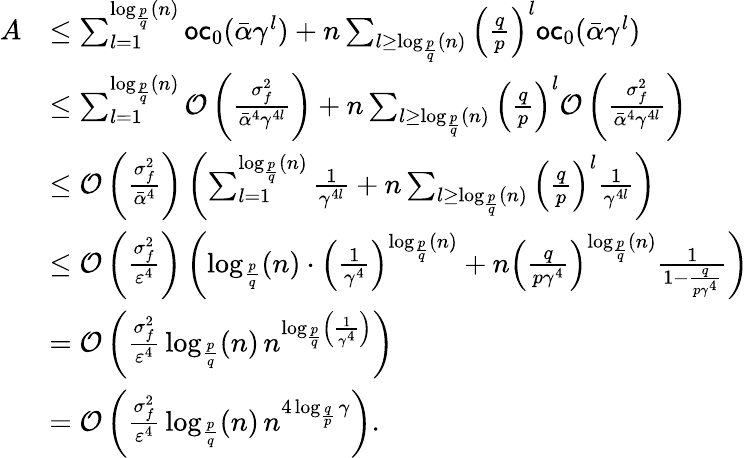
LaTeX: \begin{array}{rl}{A}&{\leq\sum_{l=1}^{\log_{\frac{p}{q}}(n)}\mathsf{oc}_{0}(\bar{\alpha}\gamma^{l})+n\sum_{l\geq\log_{\frac{p}{q}}(n)}\left(\frac{q}{p}\right)^{l}\mathsf{oc}_{0}(\bar{\alpha}\gamma^{l})}\\ &{\leq\sum_{l=1}^{\log_{\frac{p}{q}}(n)}{\cal O}\left(\frac{\sigma_{f}^{2}}{\bar{\alpha}^{4}\gamma^{4l}}\right)+n\sum_{l\geq\log_{\frac{p}{q}}(n)}\left(\frac{q}{p}\right)^{l}{\cal O}\left(\frac{\sigma_{f}^{2}}{\bar{\alpha}^{4}\gamma^{4l}}\right)}\\ &{\leq{\cal O}\left(\frac{\sigma_{f}^{2}}{\bar{\alpha}^{4}}\right)\left(\sum_{l=1}^{\log_{\frac{p}{q}}(n)}\frac{1}{\gamma^{4l}}+n\sum_{l\geq\log_{\frac{p}{q}}(n)}\left(\frac{q}{p}\right)^{l}\frac{1}{\gamma^{4l}}\right)}\\ &{\leq{\cal O}\left(\frac{\sigma_{f}^{2}}{\varepsilon^{4}}\right)\left(\log_{\frac{p}{q}}(n)\cdot\left(\frac{1}{\gamma^{4}}\right)^{\log_{\frac{p}{q}}(n)}+n\left(\frac{q}{p\gamma^{4}}\right)^{\log_{\frac{p}{q}}(n)}\frac{1}{1-\frac{q}{p\gamma^{4}}}\right)}\\ &{={\cal O}\left(\frac{\sigma_{f}^{2}}{\varepsilon^{4}}\, \log_{\frac{p}{q}}(n)\, n^{\log_{\frac{p}{q}}\left(\frac{1}{\gamma^{4}}\right)}\right)}\\ &{={\cal O}\left(\frac{\sigma_{f}^{2}}{\varepsilon^{4}}\, \log_{\frac{p}{q}}(n)\, n^{4\log_{\frac{q}{p}}\gamma}\right).}\end{array}